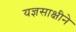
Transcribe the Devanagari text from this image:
यज्ञसाक्षीने